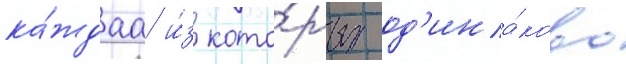
ка́ждаа и́з кото́рых од'ина́ково